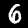
Digit: 6